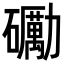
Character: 𥗠